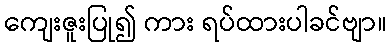
ကျေးဇူးပြု၍ ကား ရပ်ထားပါခင်ဗျာ။